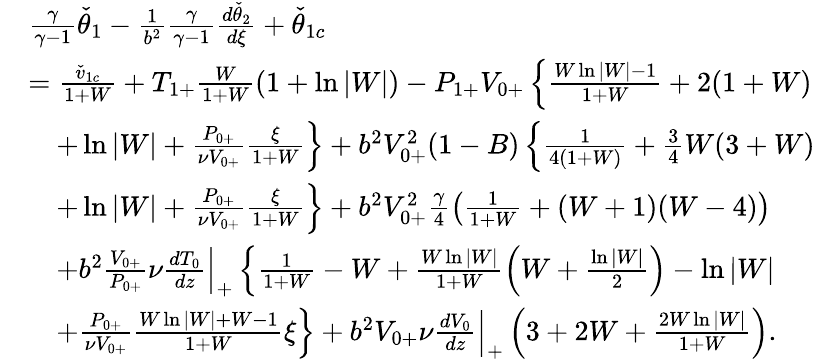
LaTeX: \begin{array}{rl}&{\frac{\gamma}{\gamma-1}\check{\theta}_{1}-\frac{1}{b^{2}}\frac{\gamma}{\gamma-1}\frac{d\check{\theta}_{2}}{d\xi}+\check{\theta}_{1c}}\\ &{=\frac{\check{v}_{1c}}{1+W}+T_{1+}\frac{W}{1+W}\left(1+\ln{|W|}\right)-P_{1+}V_{0+}\left\{ \frac{W\ln{|W|}-1}{1+W}+2(1+W)\right.}\\ &{\left.\quad+\ln{|W|}+\frac{P_{0+}}{\nu V_{0+}}\frac{\xi}{1+W}\right\} +b^{2}V_{0+}^{2}(1-B)\left\{ \frac{1}{4(1+W)}+\frac{3}{4}W(3+W)\right.}\\ &{\left.\quad+\ln{|W|}+\frac{P_{0+}}{\nu V_{0+}}\frac{\xi}{1+W}\right\} +b^{2}V_{0+}^{2}\frac{\gamma}{4}\left(\frac{1}{1+W}+(W+1)(W-4)\right)}\\ &{\quad+b^{2}\frac{V_{0+}}{P_{0+}}\nu\frac{dT_{0}}{dz}\Big|_{+}\left\{ \frac{1}{1+W}-W+\frac{W\ln{|W|}}{1+W}\left(W+\frac{\ln{|W|}}{2}\right)-\ln{|W|}\right.}\\ &{\left.\quad+\frac{P_{0+}}{\nu V_{0+}}\frac{W\ln{|W|}+W-1}{1+W}\xi\right\} +b^{2}V_{0+}\nu\frac{dV_{0}}{dz}\Big|_{+}\left(3+2W+\frac{2W\ln{|W|}}{1+W}\right).}\end{array}